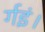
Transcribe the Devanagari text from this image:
र्गइं।